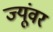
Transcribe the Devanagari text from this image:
ज्यूंवर